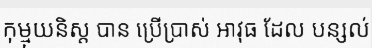
កុម្មុយនិស្ត បាន ប្រើប្រាស់ អាវុធ ដែល បន្សល់